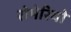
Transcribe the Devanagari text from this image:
रोमेरियो